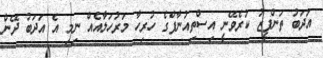
އަދަބު ތަންފީޒު ކުރެވޭނީ އިސްތިއުނާފްގެ ހުރިހާ މަރުހަލާއެއް ނިމި އެ އަދަބު ދޭން